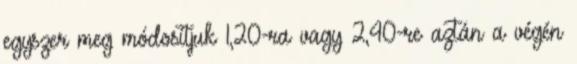
egyszer meg módosítjuk 1,20-ra vagy 2,40-re aztán a végén